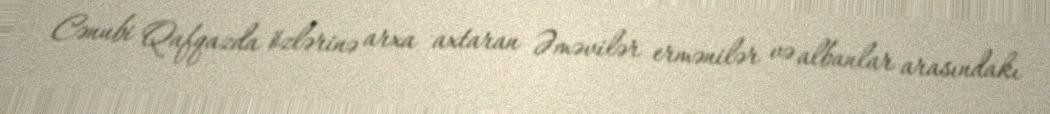
Cənubi Qafqazda özlərinə arxa axtaran Əməvilər ermənilər və albanlar arasındakı